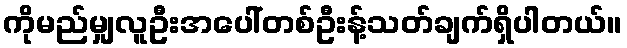
ကိုမည်မျှလူဦးအပေါ်တစ်ဦးန့်သတ်ချက်ရှိပါတယ်။